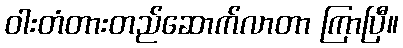
ဝါးတံတားတည်ဆောက်လာတာ ကြာပြီ။